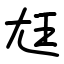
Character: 尪